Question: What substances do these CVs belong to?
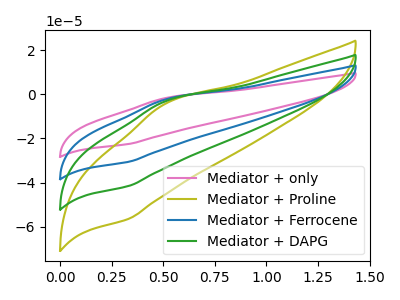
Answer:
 <answer>The pink curve is labeled "Mediator + only". The olive curve is labeled "Mediator + Proline". The blue curve is labeled "Mediator + Ferrocene". The green curve is labeled "Mediator + DAPG".</answer>
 <eval></eval>